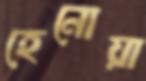
হেনোয়া